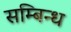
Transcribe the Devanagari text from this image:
सम्बिन्ध